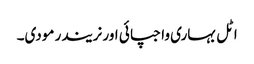
اٹل بہاری واجپائی اور نریندر مودی۔